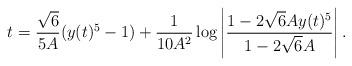
LaTeX: \begin{align*}t = \frac{\sqrt{6}}{5A} (y(t)^5 - 1) + \frac{1}{10 A^2} \log \left \vert \frac{1 - 2 \sqrt{6} A y(t)^5}{1 - 2 \sqrt{6} A} \right \vert.\end{align*}